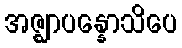
အဇ္ဈာပန္နောသိပေ